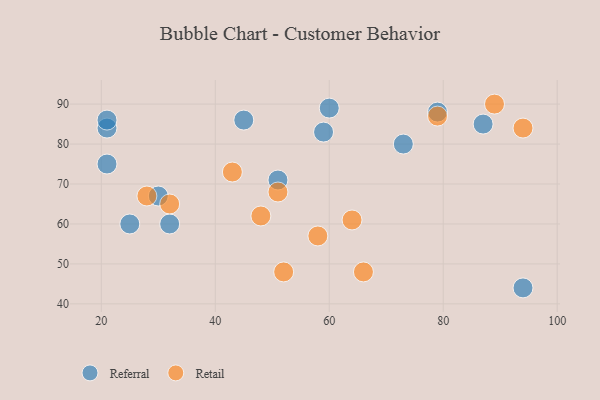
{"axis": {"x": "GDP", "y": "Life Expectancy"}, "legend": ["Referral", "Retail"], "data": [{"x": "45", "y": 86, "type": "Referral"}, {"x": "32", "y": 60, "type": "Referral"}, {"x": "87", "y": 85, "type": "Referral"}, {"x": "73", "y": 80, "type": "Referral"}, {"x": "51", "y": 71, "type": "Referral"}, {"x": "21", "y": 84, "type": "Referral"}, {"x": "79", "y": 88, "type": "Referral"}, {"x": "21", "y": 75, "type": "Referral"}, {"x": "21", "y": 86, "type": "Referral"}, {"x": "30", "y": 67, "type": "Referral"}, {"x": "60", "y": 89, "type": "Referral"}, {"x": "25", "y": 60, "type": "Referral"}, {"x": "59", "y": 83, "type": "Referral"}, {"x": "94", "y": 44, "type": "Referral"}, {"x": "48", "y": 62, "type": "Retail"}, {"x": "43", "y": 73, "type": "Retail"}, {"x": "28", "y": 67, "type": "Retail"}, {"x": "89", "y": 90, "type": "Retail"}, {"x": "51", "y": 68, "type": "Retail"}, {"x": "94", "y": 84, "type": "Retail"}, {"x": "32", "y": 65, "type": "Retail"}, {"x": "79", "y": 87, "type": "Retail"}, {"x": "66", "y": 48, "type": "Retail"}, {"x": "58", "y": 57, "type": "Retail"}, {"x": "52", "y": 48, "type": "Retail"}, {"x": "64", "y": 61, "type": "Retail"}]}